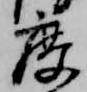
度